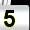
Digit: 5